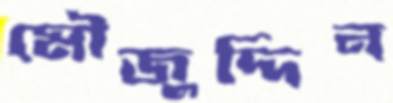
মৌজুদ্দিন